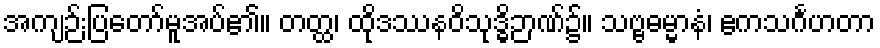
အကျဉ်းပြတော်မူအပ်၏။ တတ္ထ၊ ထိုဒဿနဝိသုဒ္ဓိဉာဏ်၌။ သဗ္ဗဓမ္မာနံ၊ ဧကသင်္ဂဟတာ